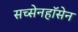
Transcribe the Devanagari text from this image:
सच्सेनहॉसेन